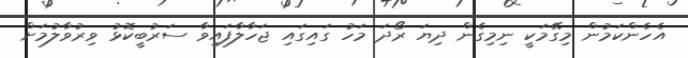
އެހެންކަމުން މިގޭމަކީ ނިމިގެން ދިޔަ ރޯދަ މަހު ގައިގައި ޖަހާލާފައިވާ ސަރުބީކޮޅު ވިރުވާލުމަށް